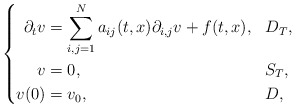
\begin{align*}\left\{\begin{aligned}\partial_t v&=\sum_{i,j=1}^N a_{ij}(t,x)\partial_{i,j} v+f(t,x),&&D_T,\\v&=0,&&S_T,\\v(0)&=v_0,&&D,\end{aligned}\right.\end{align*}